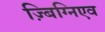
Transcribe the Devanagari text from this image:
ज़्बिग्निएव